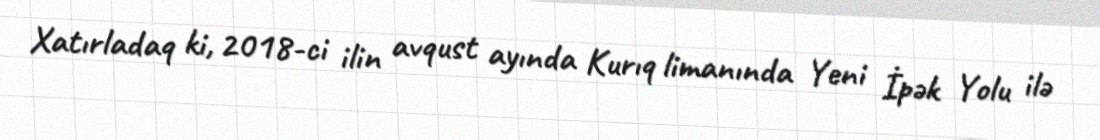
Xatırladaq ki, 2018-ci ilin avqust ayında Kurıq limanında Yeni İpək Yolu ilə